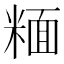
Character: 糆